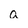
Character: a